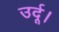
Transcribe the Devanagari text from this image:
उर्दू।